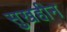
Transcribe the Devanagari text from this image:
सुखहीन